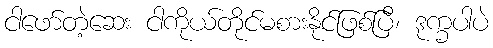
ငါဖော်တဲ့ဆေး ငါကိုယ်တိုင်မစားနိုင်ဖြစ်ပြီ၊ ဒုက္ခပါပဲ